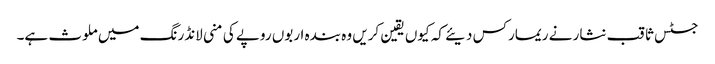
جسٹس ثاقب نثار نے ریمارکس دیئے کہ کیوں یقین کریں وہ بندہ اربوں روپے کی منی لانڈرنگ میں ملوث ہے۔